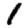
Digit: 1